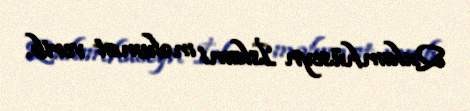
Qulamhüseyn İslami məlumat verib.